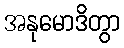
အနုမောဒိတွာ